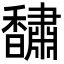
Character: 𮩰